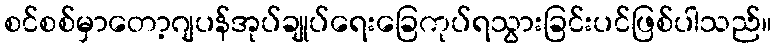
စင်စစ်မှာတော့ဂျပန်အုပ်ချုပ်ရေးခြေကုပ်ရသွားခြင်းပင်ဖြစ်ပါသည်။